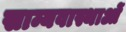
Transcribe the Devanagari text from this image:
साम्यवास्थाओं